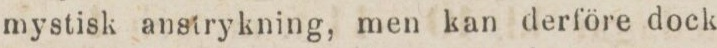
mystisk anstrykning, men kan derföre dock